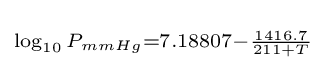
\scriptstyle \log _{10}P_{mmHg}=7.18807-{\frac {1416.7}{211+T}}